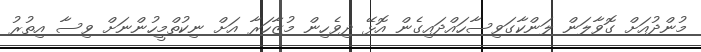
މުންދުއަށް ގޮވާލަން ލަންކާގަވިސާހައްދައިގެން އޮޅޭ ދިވެހިން މުޒާހަރާ އަށް ނިކުތްމީހުންނަށް ވިސާ އިތުރު